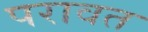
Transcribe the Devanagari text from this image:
परावत